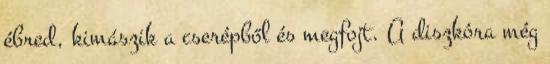
ébred, kimászik a cserépből és megfojt. A diszkóra még